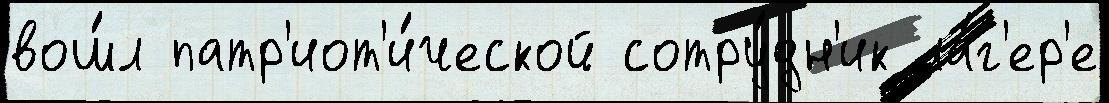
вош́л патр'иот'и́ческой сотру́дн'ик ла́г'ер'е